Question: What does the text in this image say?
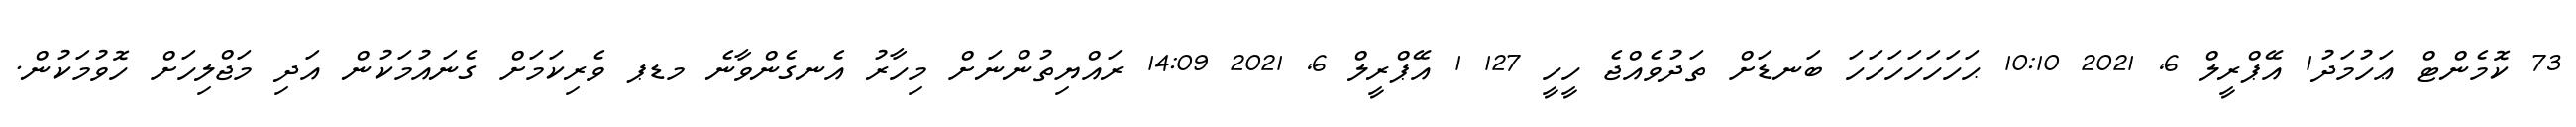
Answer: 73 ކޮމެންޓް ޢަހުމަދު1 އޭޕްރީލް 6, 2021 10:10 ޙަހަހަހަހަހަހަ ބަނޑަށް ތަދުވެއްޖެ ހީހީ 127 1 އޭޕްރީލް 6, 2021 14:09 ރައްޔިތުންނަށް މިހާރު އެނގެންވާނެ މޑޕ ވެރިކަމަށް ގެނައުމަކުން އަދި މަޖްލިހަށް ހޮވުމަކުން.